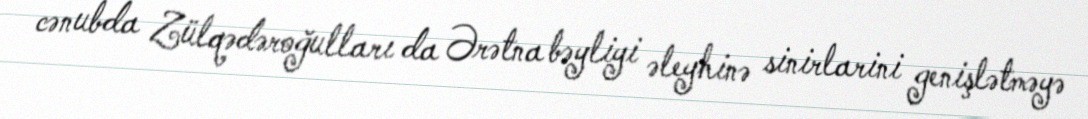
cənubda Zülqədəroğulları da Ərətna bəyliyi əleyhinə sinirlarini genişlətməyə